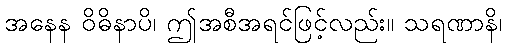
အနေန ဝိဓိနာပိ၊ ဤအစီအရင်ဖြင့်လည်း။ သရဏာနိ၊